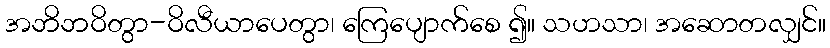
အဘိဘဝိတွာ-ဝိလီယာပေတွာ၊ ကြေပျောက်စေ ၍။ သဟသာ၊ အဆောတလျှင်။